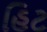
હિટ